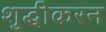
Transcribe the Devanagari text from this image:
शुद्धीकरन